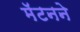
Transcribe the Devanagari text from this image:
मॅटनने